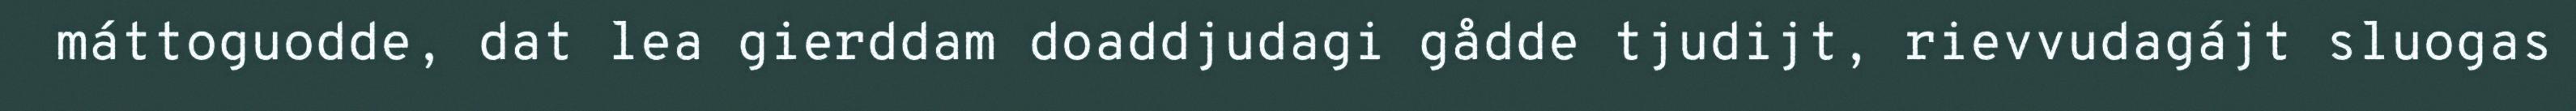
máttoguodde, dat lea gierddam doaddjudagi gådde tjudijt, rievvudagájt sluogas